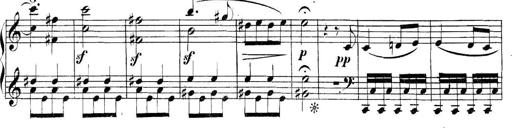
Title: Collected Piano Sonatas
Composer: Muzio Clementi